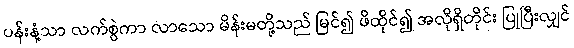
ပန်းနံ့သာ လက်စွဲကာ လာသော မိန်းမတို့သည် မြင်၍ ဖိထိုင်၍ အလိုရှိတိုင်း ပြုပြီးလျှင်